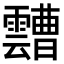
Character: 𩆦